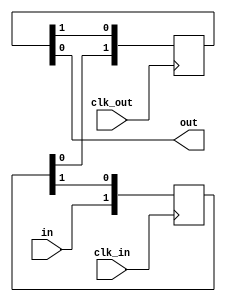
`default_nettype none

module synchronizer #(
        parameter WIDTH        = 1,
        parameter DEPTH_INPUT  = 2,
        parameter DEPTH_OUTPUT = 2,
        parameter INIT         = 0
)( clk_in, in, clk_out, out);

    input   wire                clk_in;
    input   wire [WIDTH-1:0]    in;
    input   wire                clk_out;
    output  wire [WIDTH-1:0]    out;

    wire [WIDTH-1:0] w_in;
    generate
        case ( DEPTH_INPUT )
        0:  assign w_in = in;
        1: begin
            reg [WIDTH-1:0] input_ff = INIT;
            always @( posedge clk_in ) input_ff <= in;
            assign w_in = input_ff;
        end
        default: begin
            reg [(DEPTH_INPUT * WIDTH)-1:0] input_vector = { DEPTH_INPUT{ INIT } };
            always @( posedge clk_in )
                input_vector <= { in, input_vector[ DEPTH_INPUT * WIDTH - 1 : WIDTH ] };

            assign w_in = input_vector[0+:WIDTH];
        end
        endcase

        case ( DEPTH_OUTPUT )
        0: assign out = w_in;
        1: begin
            reg [WIDTH-1:0] output_ff = { INIT };
            always @( posedge clk_out ) output_ff <= w_in;
            assign out = output_ff;
        end
        default: begin
            reg [(DEPTH_OUTPUT * WIDTH)-1:0] output_vector = { DEPTH_OUTPUT{ INIT } };
            always @( posedge clk_out ) 
               output_vector <= { w_in, output_vector[DEPTH_OUTPUT * WIDTH - 1 : WIDTH ] };
            assign out = output_vector[0+:WIDTH];
        end
        endcase

    endgenerate

endmodule